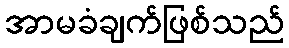
အာမခံချက်ဖြစ်သည်